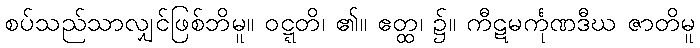
စပ်သည်သာလျှင်ဖြစ်ဘိမူ။ ဝဋ္ဋတိ၊ ၏။ ဧတ္ထ၊ ၌။ ကီဋမင်္ကုဏဒီဃ ဇာတိမူ